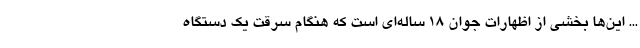
... این‌ها بخشی از اظهارات جوان ۱۸ ساله‌ای است که هنگام سرقت یک دستگاه